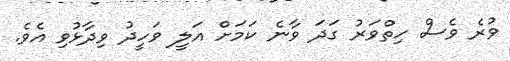
ވުރެ ވެސް ހިތްވަރު ގަދަ ވާނެ ކަމަށް އަލީ ވަހީދު ވިދާޅުވި އެވެ.